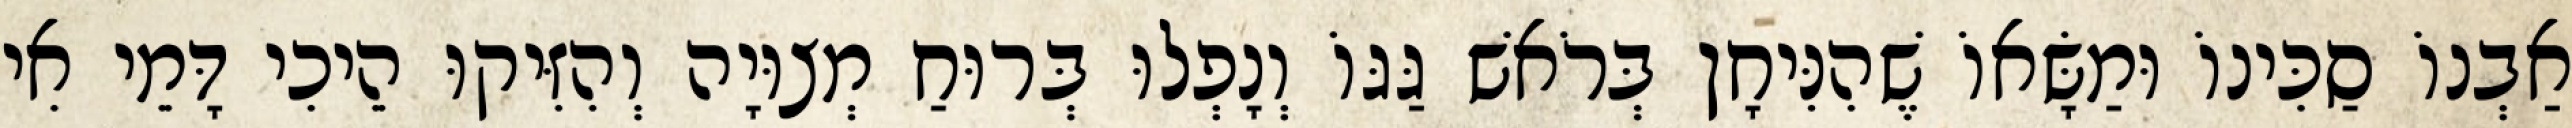
אַבְנוֹ סַכִּינוֹ וּמַשָּׂאוֹ שֶׁהִנִּיחָן בְּרֹאשׁ גַּגּוֹ וְנָפְלוּ בְּרוּחַ מְצוּיָה וְהִזִּיקוּ הֵיכִי דָּמֵי אִי